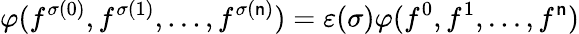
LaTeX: \varphi(f^{\sigma(0)},f^{\sigma(1)},...,f^{\sigma(\mathsf{n})})=\varepsilon(\sigma)\varphi(f^{0},f^{1},...,f^{\mathsf{n}})